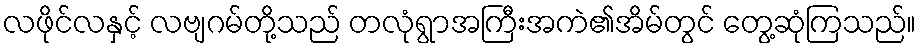
လဖိုင်လနှင့် လဗျဂမ်တို့သည် တလုံရွာအကြီးအကဲ၏အိမ်တွင် တွေ့ဆုံကြသည်။